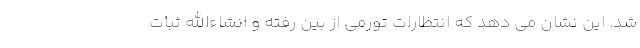
شد. این نشان می دهد که انتظارات تورمی از بین رفته و انشاءالله ثبات